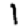
Digit: 1